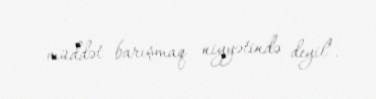
müddət barışmaq niyyətində deyil".